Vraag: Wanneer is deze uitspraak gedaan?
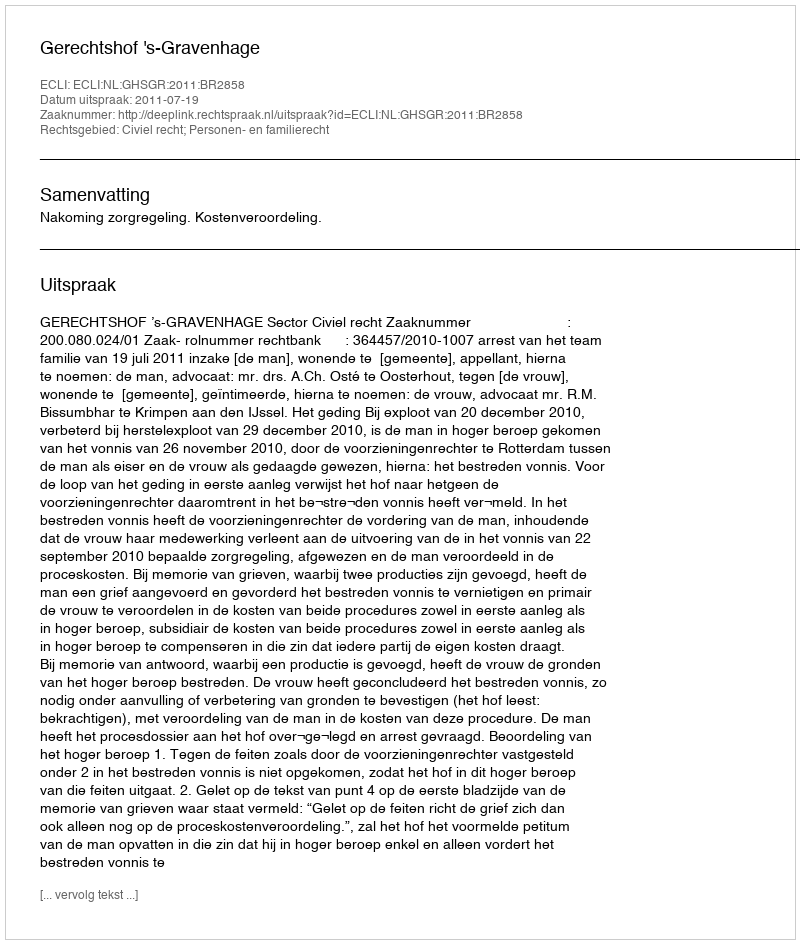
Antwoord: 2011-07-19